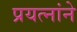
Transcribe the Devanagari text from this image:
प्रयत्नांने